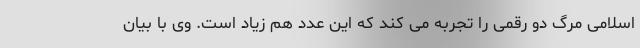
اسلامی مرگ دو رقمی را تجربه می کند که این عدد هم زیاد است. وی با بیان